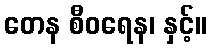
တေန စီဝရေန၊ နှင့်။